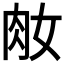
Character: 𦘽